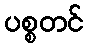
ပစ္စတင်